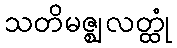
သတိမဇ္ဈလတ္ထုံ